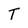
Character: T